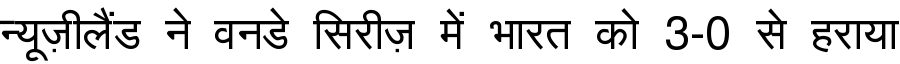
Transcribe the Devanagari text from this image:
न्यूज़ीलैंड ने वनडे सिरीज़ में भारत को 3-0 से हराया